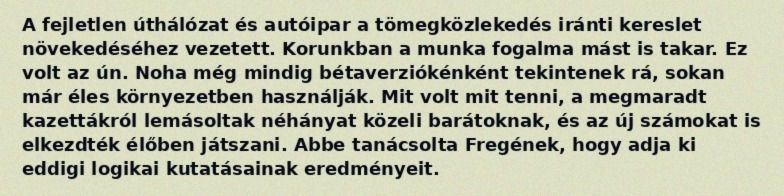
A fejletlen úthálózat és autóipar a tömegközlekedés iránti kereslet növekedéséhez vezetett. Korunkban a munka fogalma mást is takar. Ez volt az ún. Noha még mindig bétaverziókénként tekintenek rá, sokan már éles környezetben használják. Mit volt mit tenni, a megmaradt kazettákról lemásoltak néhányat közeli barátoknak, és az új számokat is elkezdték élőben játszani. Abbe tanácsolta Fregének, hogy adja ki eddigi logikai kutatásainak eredményeit.